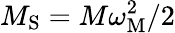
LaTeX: M_{\mathrm{S}}=M\omega_{\mathrm{M}}^{2}/2